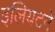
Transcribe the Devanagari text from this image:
इलियटने